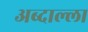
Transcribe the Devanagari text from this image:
अब्दाल्ला